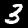
Label: 3